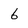
Character: 6